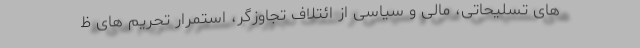
های تسلیحاتی، مالی و سیاسی از ائتلاف تجاوزگر، استمرار تحریم های ظ